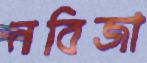
নবিজা